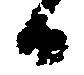
日